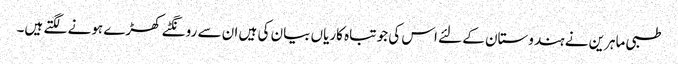
طبی ماہرین نے ہندوستان کے لئے اس کی جو تباہ کاریاں بیان کی ہیں ان سے رونگٹے کھڑے ہونے لگتے ہیں۔